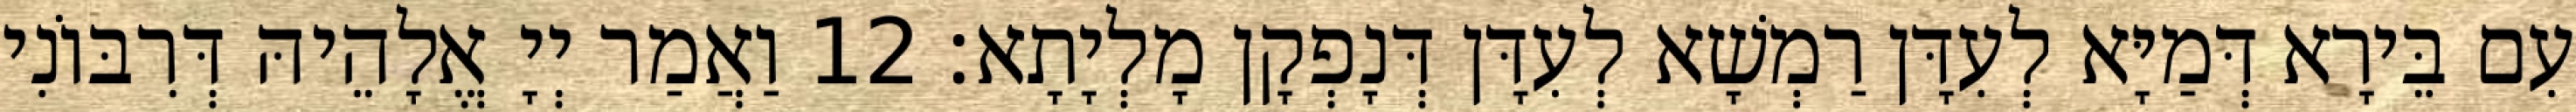
עִם בֵּירָא דְּמַיָּא לְעִדָּן רַמְשָׁא לְעִדָּן דְּנָפְקָן מָלְיָתָא׃ 12 וַאֲמַר יְיָ אֱלָהֵיהּ דְּרִבּוֹנִי